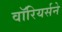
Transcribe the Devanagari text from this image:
वॉरियर्सने